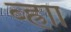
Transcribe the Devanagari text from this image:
ब्ह्राा